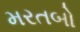
મરતબો